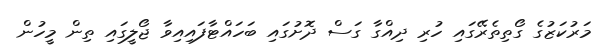
މަރުކަޒުގެ ގޯތިތެރޭގައި ހުރި ދިއްގާ ގަސް ދޮށުގައި ބަހައްޓާފައިއިވާ ޖޯލީގައި ތިން މީހުން